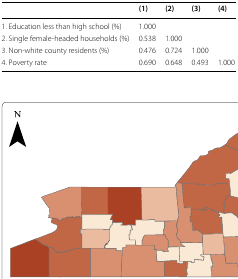
|  | (1) | (2) | (3) | (4) |
 | --- | --- | --- | --- | --- |
 | 1. Education less than high school (%) | 1.000 |  |  |  |
 | 2. Single female-headed households (%) | 0.538 | 1.000 |  |  |
 | 3. Non-white county residents (%) | 0.476 | 0.724 | 1.000 |  |
 | 4. Poverty rate | 0.690 | 0.648 | 0.493 | 1.000 |